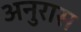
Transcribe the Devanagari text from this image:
अनुरास